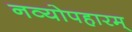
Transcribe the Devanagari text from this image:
नव्योपहारम्